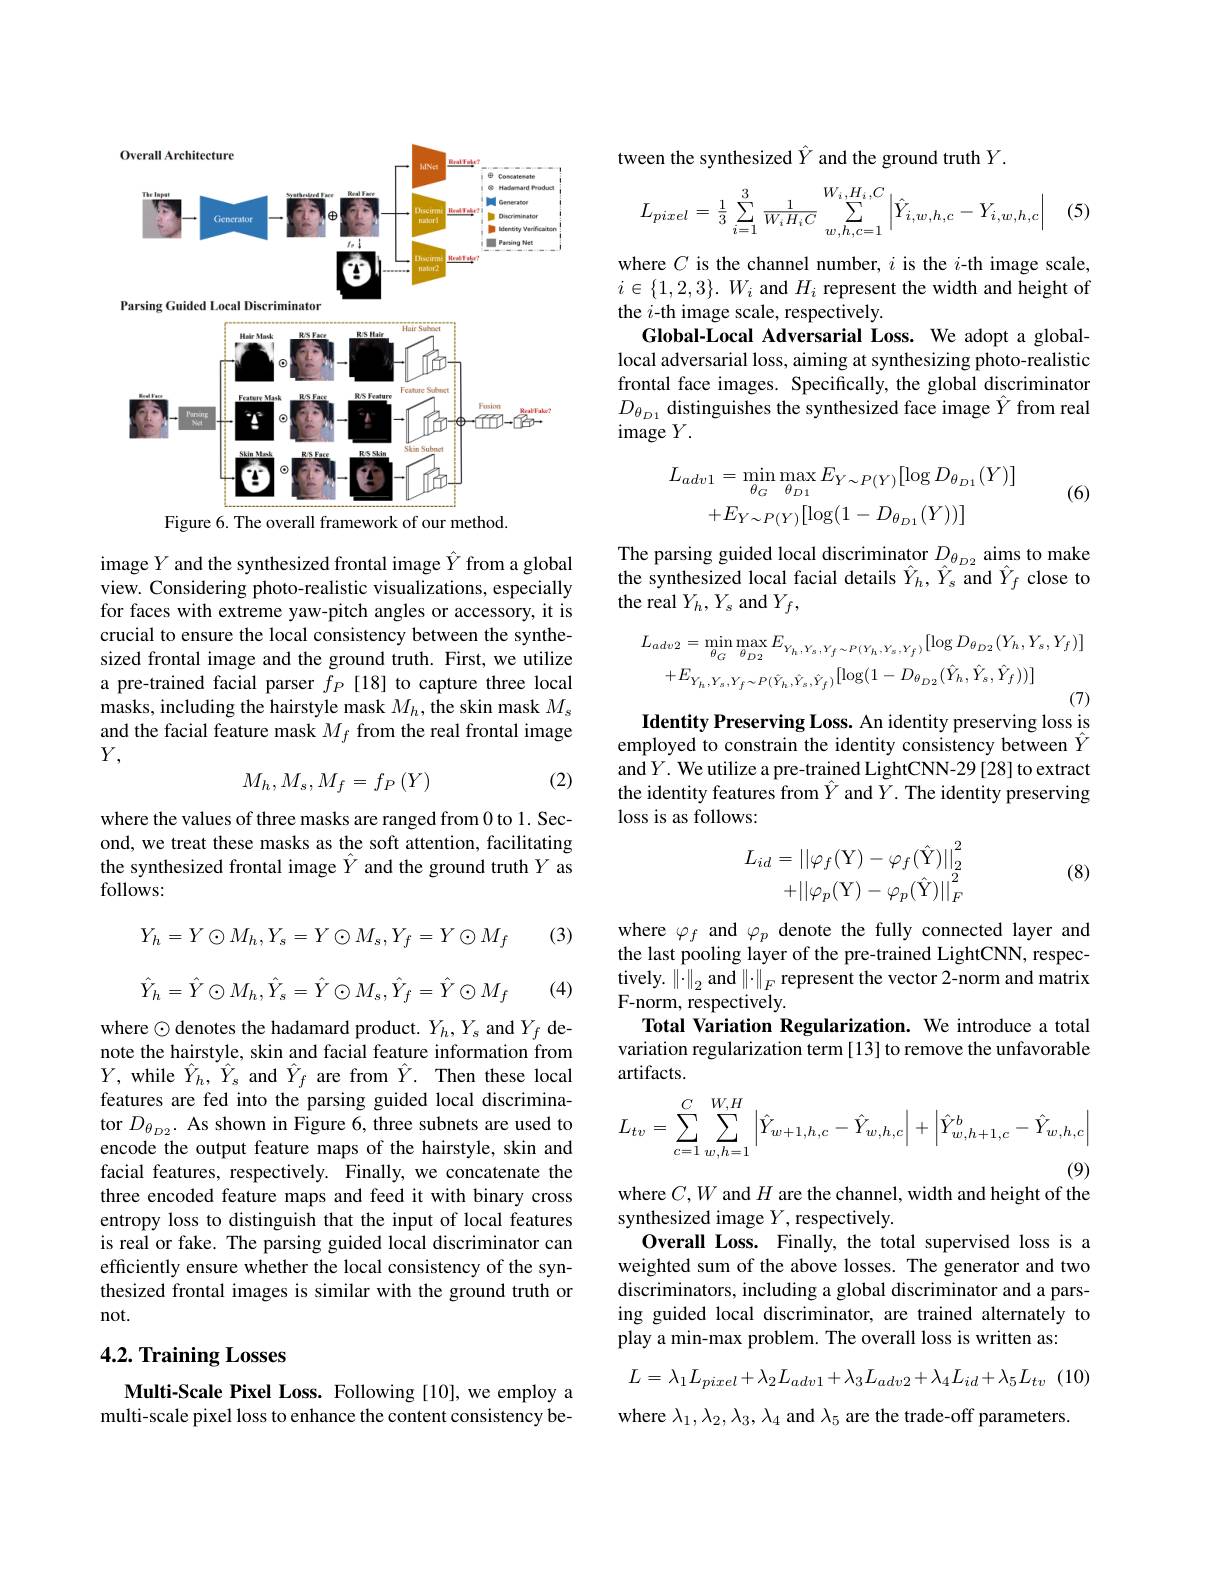
<FigureHere>
Figure 6. The overall framework of our method.

image $Y$ and the synthesized frontal image $\hat{Y}$ from a global view. Considering photo-realistic visualizations, especially for faces with extreme yaw-pitch angles or accessory, it is crucial to ensure the local consistency between the synthesized frontal image and the ground truth. First, we utilize a pre-trained facial parser $\tilde{f}_P$ [18] to capture three local masks, including the hairstyle mask $M_h$, the skin mask $M_s$ and the facial feature mask $M_f$ from the real frontal image $Y$,

(2)
$$M_h,M_s,M_f=f_P\left(Y\right)$$
where the values of three masks are ranged from 0 to 1. Second, we treat these masks as the soft attention, facilitating the synthesized frontal image $\hat{Y}$ and the ground truth $Y$ as follows:

(3)
$$Y_h=Y\odot M_h,Y_s=Y\odot M_s,Y_f=Y\odot M_f$$
$$\hat{Y}_{h}=\hat{Y}\odot M_{h},\hat{Y}_{s}=\hat{Y}\odot M_{s},\hat{Y}_{f}=\hat{Y}\odot M_{f}$$
(4)

where $\odot$ denotes the hadamard product. $Y_h,Y_s$ and $Y_f$ denote the hairstyle, skin and facial feature information from $Y$, while $\hat{Y}_{h},\hat{Y}_{s}$ and $\hat{Y}_{f}$ are from $\hat{Y}.$ Then these local features are fed into the parsing guided local discriminator $D_{\theta_{D2}}.$ As shown in Figure 6, three subnets are used to encode the output feature maps of the hairstyle, skin and facial features, respectively. Finally, we concatenate the three encoded feature maps and feed it with binary cross entropy loss to distinguish that the input of local features is real or fake. The parsing guided local discriminator can efficiently ensure whether the local consistency of the synthesized frontal images is similar with the ground truth or not.

## 4.2. Training Losses

Multi-Scale Pixel Loss. Following [10], we employ a multi-scale pixel loss to enhance the content consistency be-

tween the synthesized $\hat{Y}$ and the ground truth $Y.$

(5.
$$L_{pixel}=\frac{1}{3}\sum\limits_{i=1}^{3}\frac{1}{W_iH_iC}\sum\limits_{w,h,c=1}^{W_i,H_i,C}\left|\hat{Y}_{i,w,h,c}-Y_{i,w,h,c}\right|$$
where $C$ is the channel number, $i$ is the $i$-th image scale, $i\in\{1,2,3\}.W_i$ and $H_i$ represent the width and height of the $i$-th image scale, respectively.
Global-Local Adversarial Loss. We adopt a globallocal adversarial loss, aiming at synthesizing photo-realistic frontal face images. Specifically, the global discriminator $D_{\theta_{D1}}$ distinguishes the synthesized face image $\hat{Y}$ from real image $Y.$

(6)
$$L_{adv1}=\operatorname*{min}_{\theta_{G}}\operatorname*{max}_{\theta_{D1}}E_{Y\sim P(Y)}[\log D_{\theta_{D1}}(Y)]\\+E_{Y\sim P(Y)}[\log(1-D_{\theta_{D1}}(Y))]$$
The parsing guided local discriminator $D_{\theta_{D2}}$ aims to make the synthesized local facial details $\hat{Y}_{h},\hat{Y}_{s}$ and $\hat{Y}_{f}$ close to the real $Y_h,Y_s$ and $Y_f$,
$$\begin{aligned}L_{adv2}&=\operatorname*{min}_{\theta_{G}}\operatorname*{max}_{\theta_{D2}}E_{Y_{h},Y_{s},Y_{f}\sim P(Y_{h},Y_{s},Y_{f})}[\log D_{\theta_{D2}}(Y_{h},Y_{s},Y_{f})]\\&+E_{Y_{h},Y_{s},Y_{f}\sim P(\hat{Y}_{h},\hat{Y}_{s},\hat{Y}_{f})}[\log(1-D_{\theta_{D2}}(\hat{Y}_{h},\hat{Y}_{s},\hat{Y}_{f}))]\end{aligned}$$
Identity Preserving Loss. An identity preserving loss is

employed to constrain the identity consistency between $\hat{Y}$ and $Y.$ We utilize a pre-trained LightCNN-29 [28] to extract the identity features from $\hat{Y}$ and $\tilde{Y}.$ The identity preserving loss is as follows:

(8)
$$\begin{aligned}L_{id}&=\left|\left|\varphi_f(\mathrm{Y})-\varphi_f(\hat{\mathrm{Y}})\right|\right|_2^2\\&+\left|\left|\varphi_p(\mathrm{Y})-\varphi_p(\hat{\mathrm{Y}})\right|\right|_F^2\end{aligned}$$
where $\varphi_f$ and $\varphi_p$ denote the fully connected layer and the last pooling layer of the pre-trained LightCNN, respec- $\underset{{\mathrm{E}}}{\operatorname*{\text{tively. }}}\left\|\cdot\right\|_{2}$and $\left\|\cdot\right\|_F$ represent the vector 2-norm and matrix F-norm, respectively
Total Variation Regularization. We introduce a total variation regularization term [13] to remove the unfavorable artifacts.
$$L_{tv}=\sum_{c=1}^{C}\sum_{w,h=1}^{W,H}\left|\hat{Y}_{w+1,h,c}-\hat{Y}_{w,h,c}\right|+\left|\hat{Y}_{w,h+1,c}^{b}-\hat{Y}_{w,h,c}\right|$$
where $C,W$ and $H$ are the channel, width and height of the

synthesized image $Y$, respectively.
Overall Loss. Finally, the total supervised loss is a weighted sum of the above losses. The generator and two discriminators, including a global discriminator and a parsing guided local discriminator, are trained alternately to play a min-max problem. The overall loss is written as:

(10
$$L=\lambda_{1}L_{pixel}+\lambda_{2}L_{adv1}+\lambda_{3}L_{adv2}+\lambda_{4}L_{id}+\lambda_{5}L_{tv}$$
where $\lambda_1,\lambda_2,\lambda_3,\lambda_4$ and $\lambda_5$ are the trade-off parameters